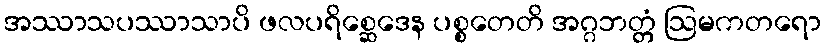
အဿာသပဿာသာပိ ဖလပရိစ္ဆေဒေန ပစ္စတေတိ အဂ္ဂဘတ္တံ ဩမကတရော